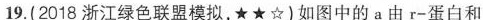
19.(2018浙江绿色联盟模拟，★★☆)如图中的a由r-蛋白和